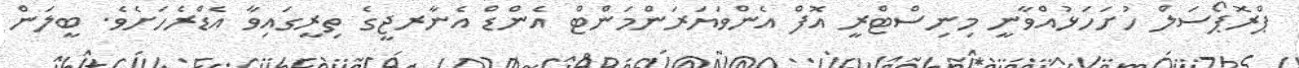
ޕްރޮޕޯސަލް ހުށަހަޅުއްވާނީ މިނިސްޓްރީ އޮފް އެންވަޔަރަންމަންޓް އެންޑް އެނާރޖީގެ ތިރީގައިވާ އެޑްރެހަށެވެ. ބީލަން